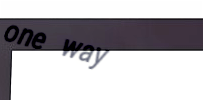
one way